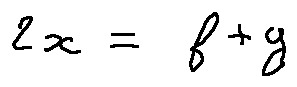
2 x = f + y